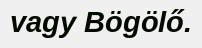
vagy Bögölő.